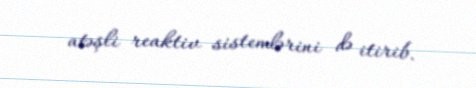
atəşli reaktiv sistemlərini də itirib.